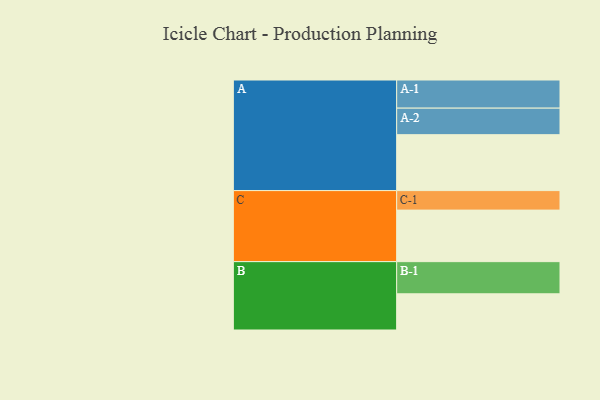
{"axis": {"x": "Segment", "y": "Value"}, "legend": ["", "A", "B", "C"], "data": [{"x": "A", "y": 499, "type": ""}, {"x": "B", "y": 323, "type": ""}, {"x": "C", "y": 460, "type": ""}, {"x": "A-1", "y": 251, "type": "A"}, {"x": "A-2", "y": 237, "type": "A"}, {"x": "B-1", "y": 287, "type": "B"}, {"x": "C-1", "y": 174, "type": "C"}]}